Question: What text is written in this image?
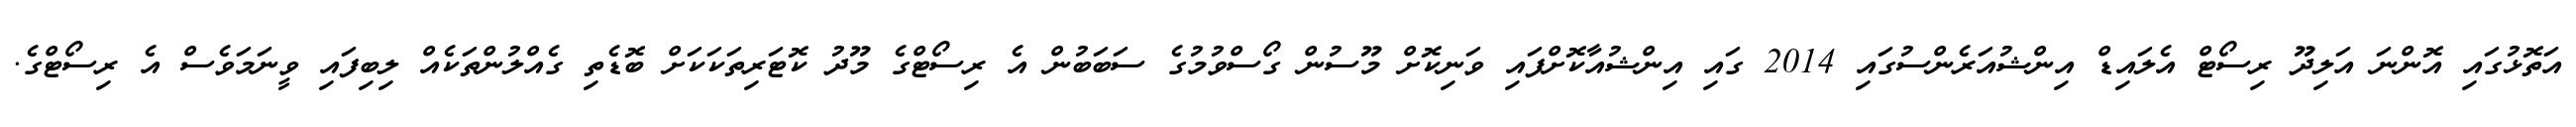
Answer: އަތޮޅުގައި އޮންނަ އަލިދޫ ރިސޯޓް އެލައިޑް އިންޝުއަރެންސުގައި 2014 ގައި އިންޝުއާކޮށްފައި ވަނިކޮށް މޫސުން ގޯސްވުމުގެ ސަބަބުން އެ ރިސޯޓްގެ މޫދު ކޮޓަރިތަކަކަށް ބޮޑެތި ގެއްލުންތަކެއް ލިބިފައި ވީނަމަވެސް އެ ރިސޯޓްގެ.